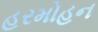
હરમોહન